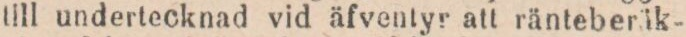
till undertecknad vid äfventyr att ränteberäk-